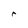
Character: r